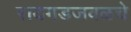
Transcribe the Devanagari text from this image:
रायगडजवळचे